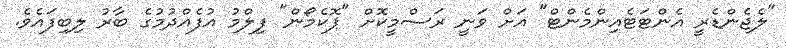
"ލެޖެންޑެރީ އެންޓަޓެއިންމެންޓް" އަށް ވަނީ ރަސްމީކޮށް "ޕޮކެމޯން" ފިލްމު އުފެއްދުމުގެ ބާރު ލިބިފައެވެ.